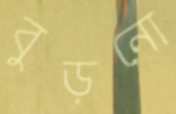
বুড়নো